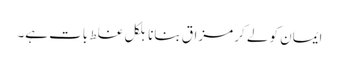
ایمان کو لے کر مزاق بنانا بلکل غلط بات ہے۔